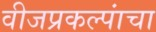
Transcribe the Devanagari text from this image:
वीजप्रकल्पांचा